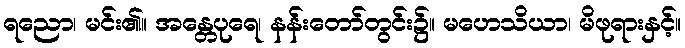
ရညော၊ မင်း၏။ အန္တေပုရေ၊ နန်းတော်တွင်း၌။ မဟေသိယာ၊ မိဖုရားနှင့်။